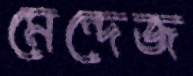
মেন্দেজ